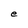
Character: e